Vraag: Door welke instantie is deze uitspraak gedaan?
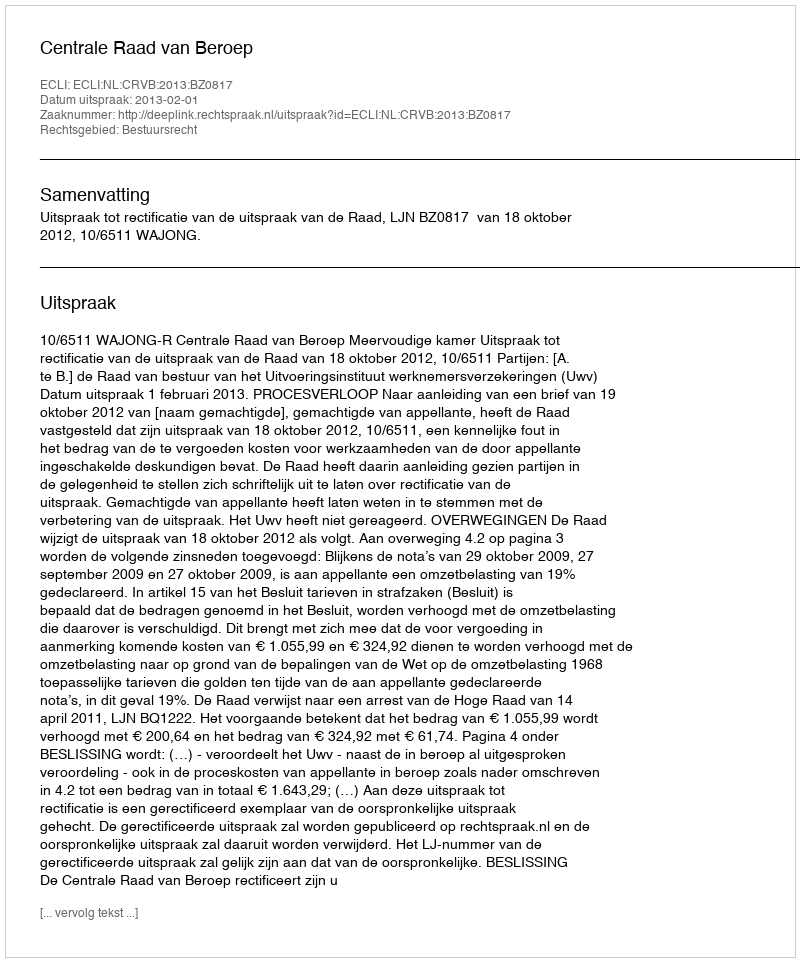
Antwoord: Centrale Raad van Beroep